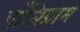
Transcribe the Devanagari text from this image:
गाँधिग्राम